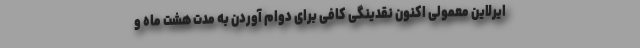
ایرلاین معمولی اکنون نقدینگی کافی برای دوام آوردن به مدت هشت ماه و